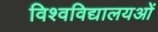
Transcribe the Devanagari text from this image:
विश्वविद्यालयओं